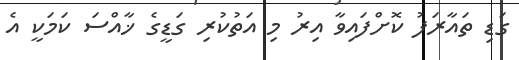
ގަޑި ތައާރަފު ކޮށްފައިވާ އިރު މި އަތުކުރި ގަޑީގެ ޚާއްސަ ކަމަކީ އެ